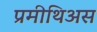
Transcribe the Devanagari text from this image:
प्रमीथिअस